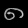
Digit: ၈